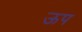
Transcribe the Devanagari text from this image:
ऊप